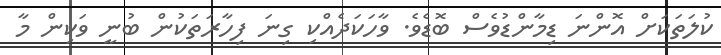
ކުލަތަކަށް އޮންނަ ޑިމާންޑުވެސް ބޮޑެވެ. ވާހަކަދެއްކި ގިނަ ފިހާރަތަކުން ބުނީ ވަކިން މާ